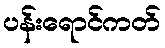
ပန်းရောင်ကတ်